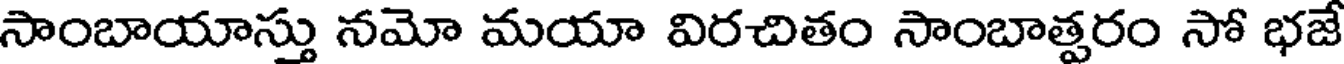
సాంబాయాస్తు నమో మయా విరచితం సాంబాత్పరం సో భజే